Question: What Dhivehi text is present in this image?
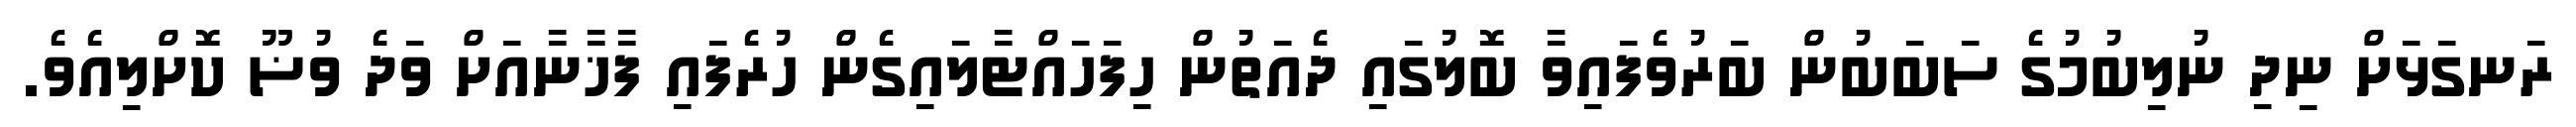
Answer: ރަނގަޅަށް ނިދި ނުލިބުމުގެ ސަބަބުން ބަރުވެފައިވާ ބޮލުގައި ދެއަތުން ހިފަހައްޓާލައިގެން ހުރެފައި ފާޚާނާއަށް ވަދެ ވުޟޫ ކޮށްލިއެވެ.